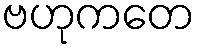
ဗဟုကတေ